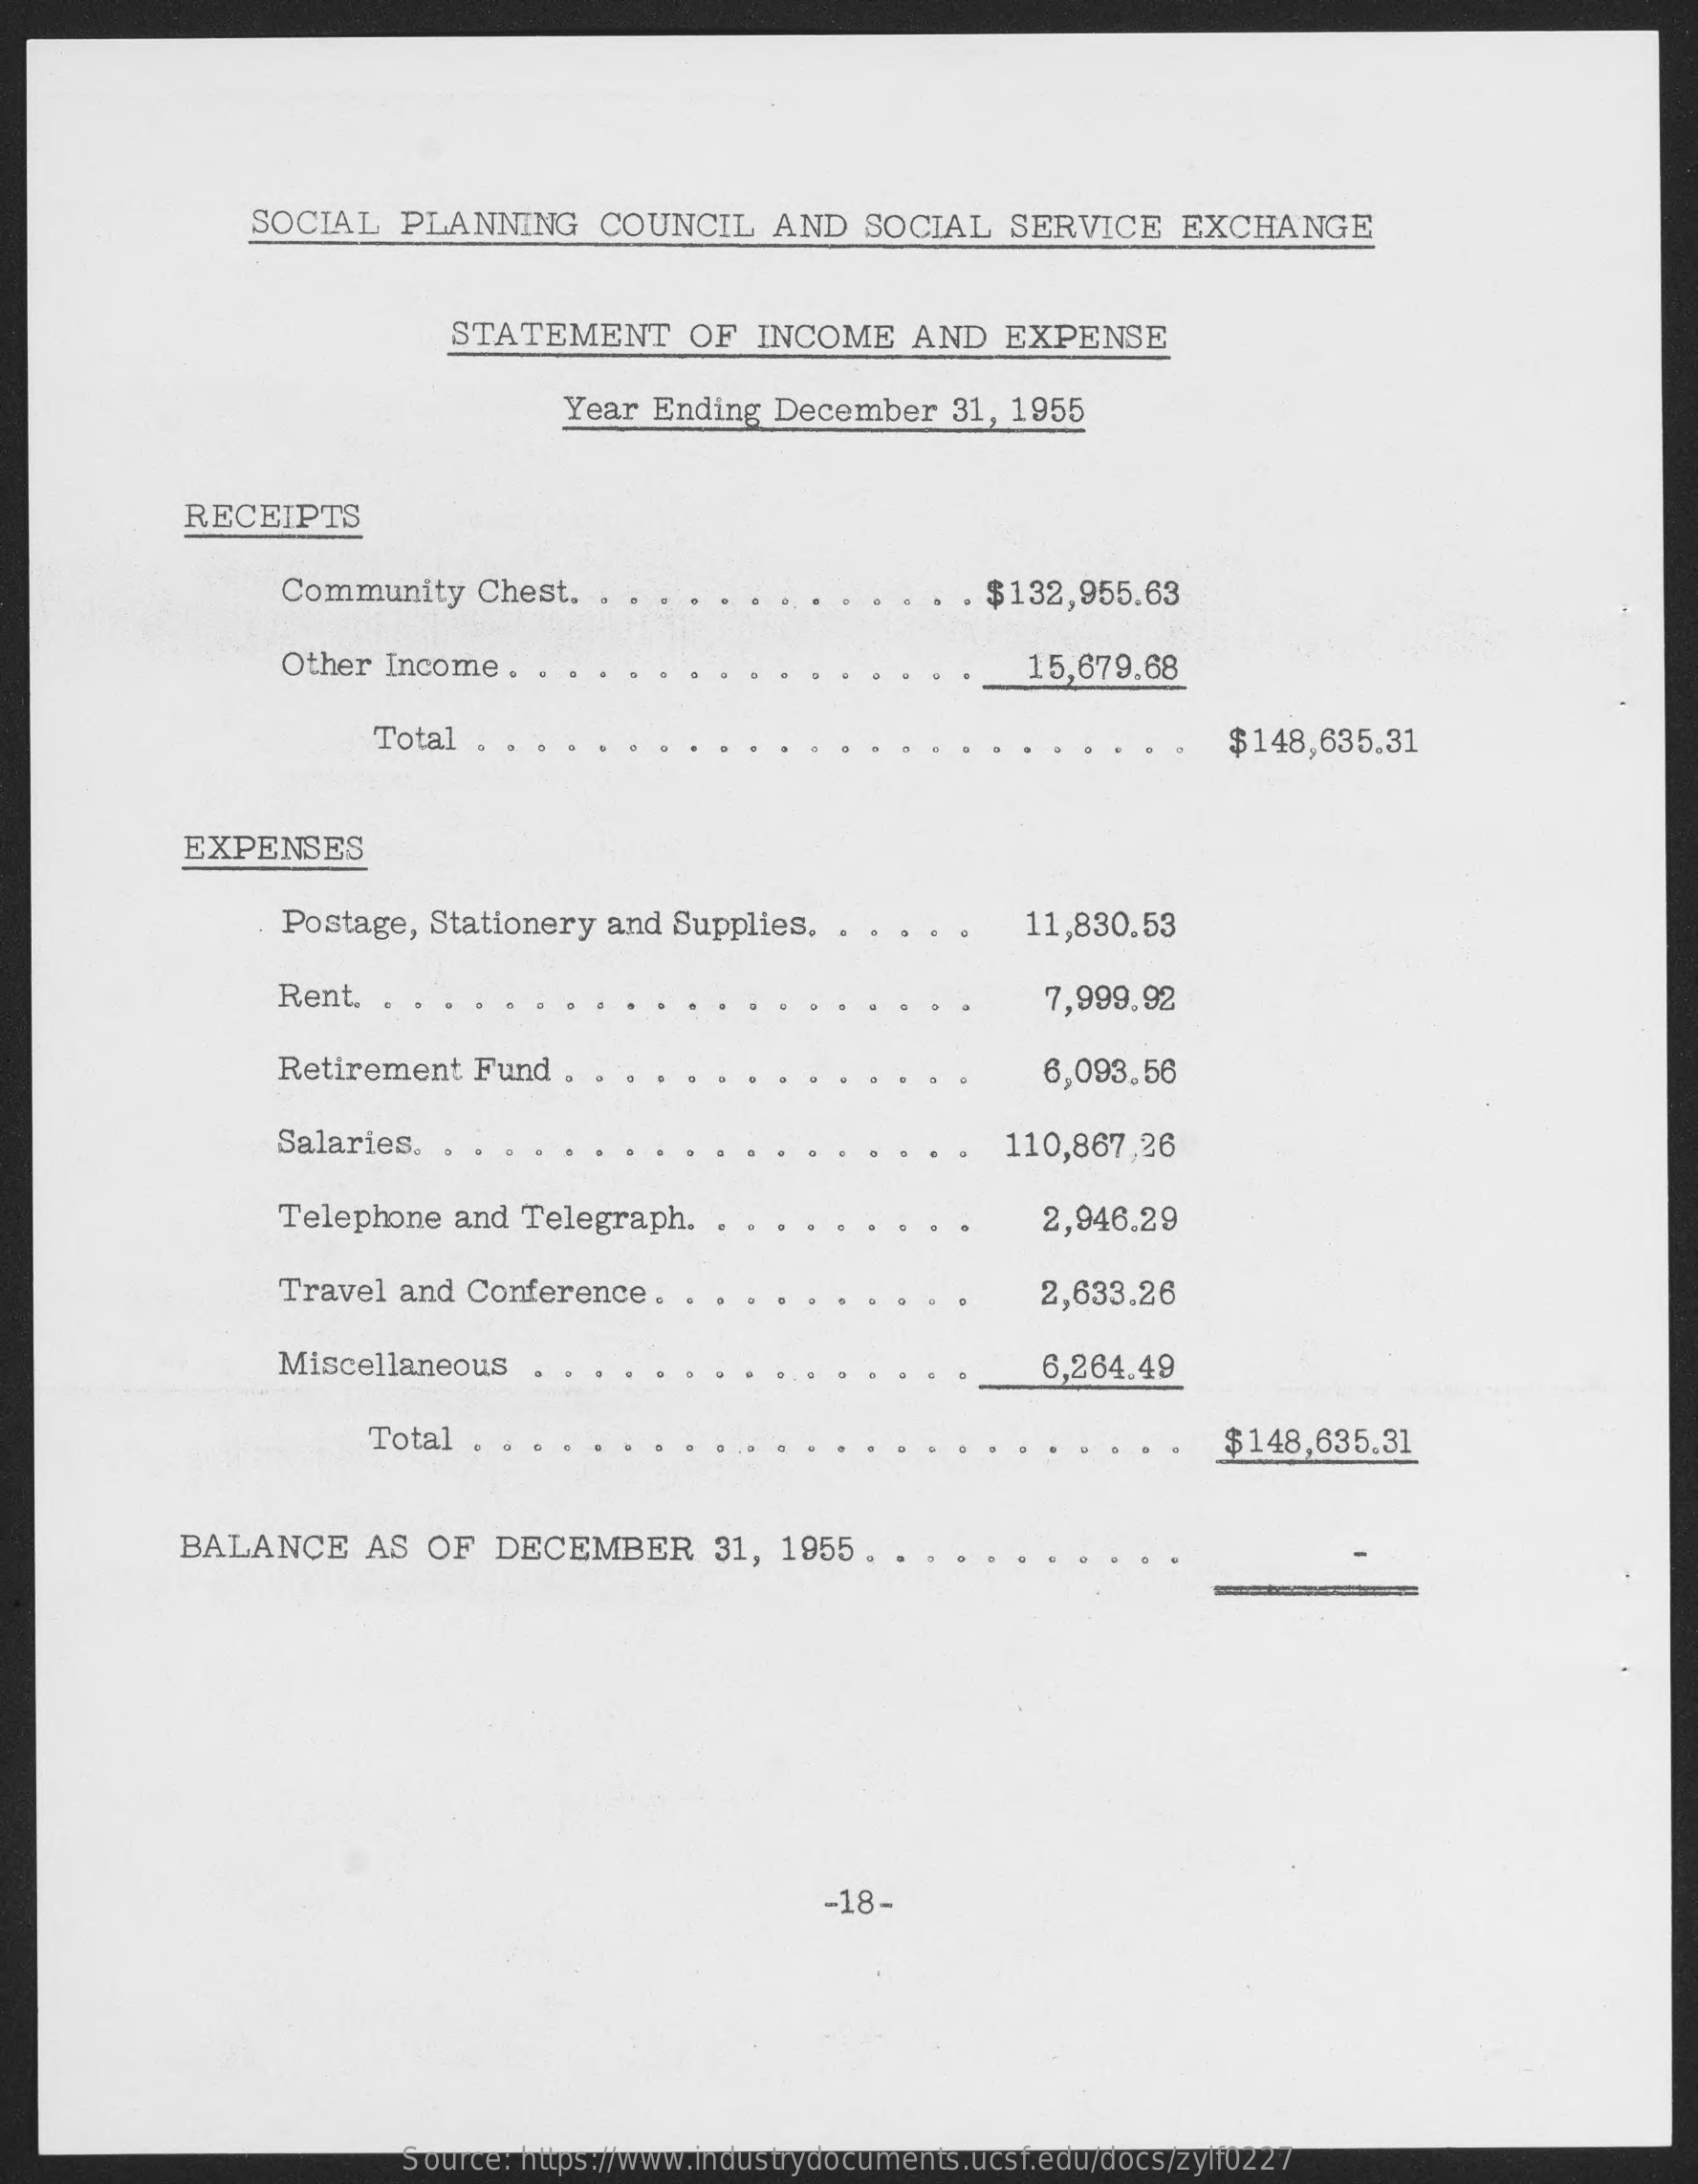
SOCIAL    PLANNING    COUNCIL    AND   SOCIAL    SERVICE    EXCHANGE
     STATEMENT    OF  INCOME    AND    EXPENSE
     Year Ending  December    31, 1955
     RECEIPTS
     Community    Chest.  ..    . $132,955.63
     Other Income.    .    15,679.68
     Total    $148,635.31
     EXPENSES
     Postage, Stationery  and  Supplies.  .    11,830.53
     Rent. .    7,999,92
     Retirement  Fund  .    6,093.56
     Salaries. .    110,867,26
     Telephone  and  Telegraph.    2,946.29
     Travel and  Conference   .    2,633.26
     Miscellaneous    6,264.49
     Total .    $148,635.31
     BALANCE    AS  OF   DECEMBER    31, 1955.
     -18-
     Source: https://www.industrydocuments.ucsf.edu/docs/zylf0227